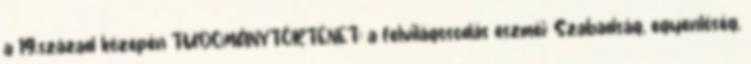
a 19.század közepén TUDOMÁNYTÖRTÉNET: a felvilágosodás eszméi: Szabadság, egyenlőség,